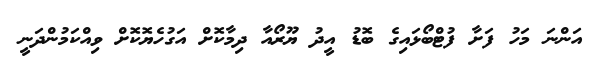
އަންނަ މަހު ފަށާ ފުޓްބޯޅައިގެ ބޮޑު އީދު ޔޫރޯއާ ދިމާކޮށް އަގުހެޔޮކޮށް ވިއްކަމުންދަނީ